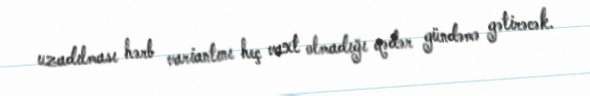
uzadılması hərb variantını heç vaxt olmadığı qədər gündəmə gətirəcək.